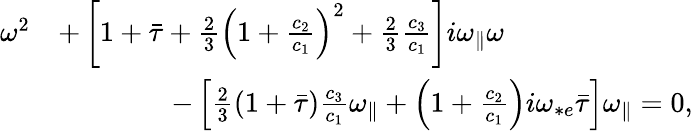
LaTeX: \begin{array}{rl}{\omega^{2}}&{+\left[1+\bar{\tau}+\frac{2}{3}\left(1+\frac{c_{2}}{c_{1}}\right)^{2}+\frac{2}{3}\frac{c_{3}}{c_{1}}\right]i{\omega_{\parallel}}\omega}\\ &{\quad\quad\quad\quad-\left[\frac{2}{3}(1+\bar{\tau})\frac{c_{3}}{c_{1}}{\omega_{\parallel}}+\left(1+\frac{c_{2}}{c_{1}}\right)i\omega_{*e}\bar{\tau}\right]{\omega_{\parallel}}=0,}\end{array}